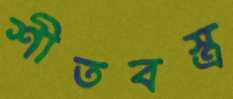
শীতবস্ত্র